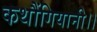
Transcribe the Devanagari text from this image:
कथौंगियानी।।